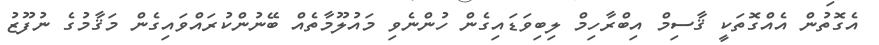
އެގޮތުން އެއްގޮތަކީ ޤާސިމް އިބްރާހިމް ލިބިވަޑައިގެން ހުންނެވި މައުލޫމާތެއް ބޭނުންކުރައްވައިގެން މަޤާމުގެ ނުފޫޒު